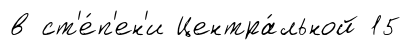
в ст'е́п'ен'и Центра́льной 15